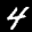
Label: 4